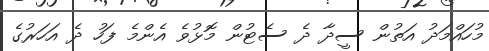
މުހައްމަދު އަތުން ސީދާ ދެ ސެޓުން މޮޅުވެ އެންމެ ފަހު ދެ އަހަރުގެ